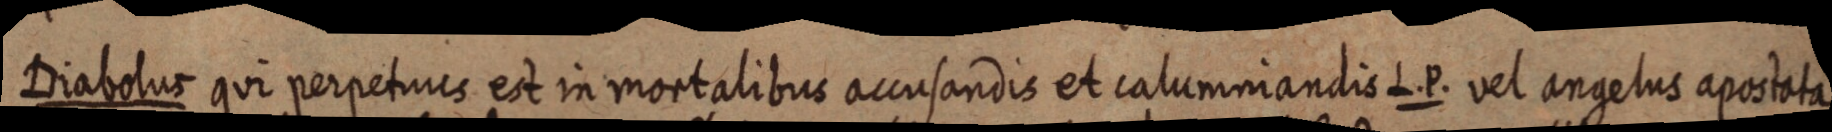
Diabolus qui perpetuis est in mortalibus accusandis et calumniandis L. P. vel angelus apostata